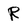
Character: R